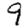
Digit: 9